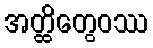
အတ္ထိတွေဝဿ